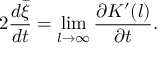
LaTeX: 2 { \frac { d \bar { \xi } } { d t } } = \operatorname * { l i m } _ { l \to \infty } { \frac { \partial K ^ { \prime } ( l ) } { \partial t } } .